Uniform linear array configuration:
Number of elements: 4
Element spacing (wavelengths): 0.25
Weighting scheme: exponential
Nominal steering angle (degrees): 15
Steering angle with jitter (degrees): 15.146
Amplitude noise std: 0.05
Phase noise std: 0.05

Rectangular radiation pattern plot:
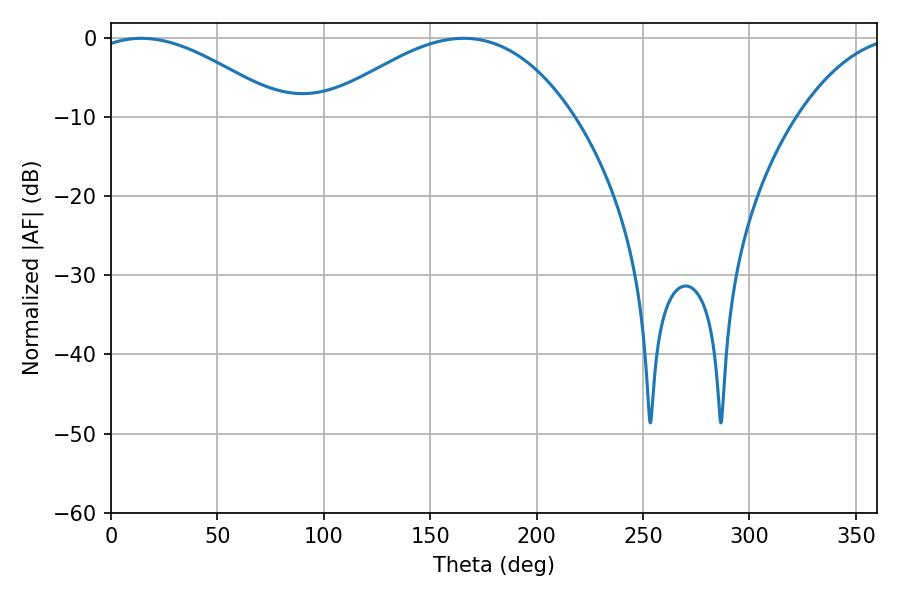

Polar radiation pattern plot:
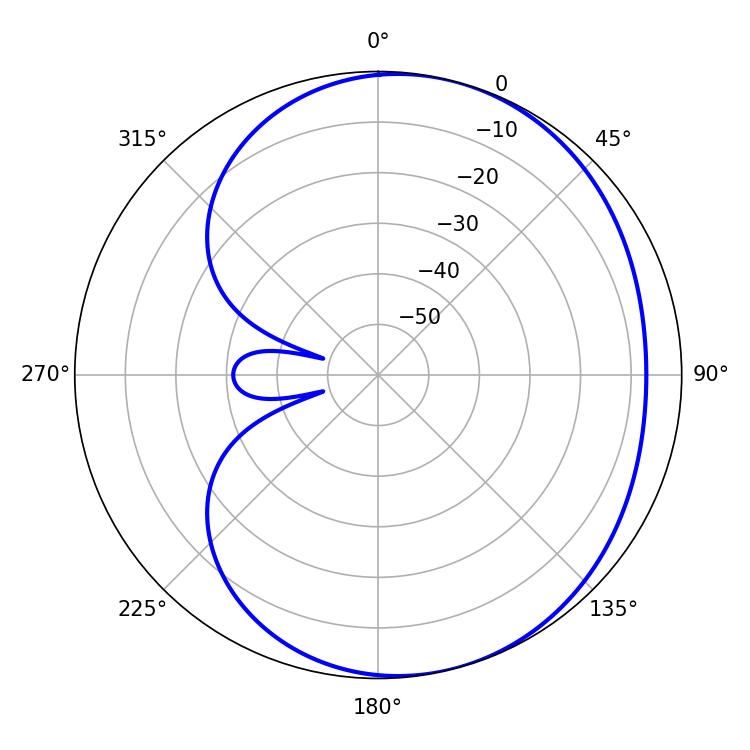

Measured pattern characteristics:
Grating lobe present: FALSE
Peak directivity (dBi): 4.188
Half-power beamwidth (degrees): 49.5
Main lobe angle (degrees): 14.22